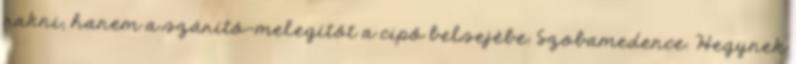
rakni, hanem a szárító-melegítőt a cipő belsejébe. Szobamedence. Hegynek